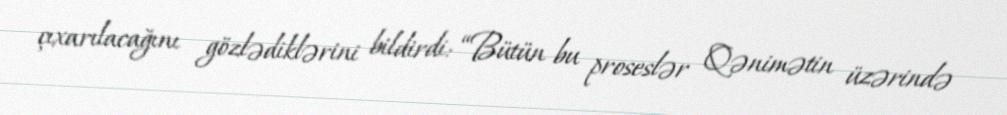
çıxarılacağını gözlədiklərini bildirdi: “Bütün bu proseslər Qənimətin üzərində